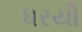
ધરયૌ